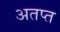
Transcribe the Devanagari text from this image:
अतप्त